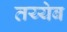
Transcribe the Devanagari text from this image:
तय्येब